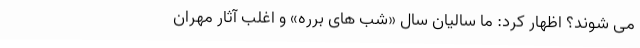
می شوند؟ اظهار کرد: ما سالیان سال «شب های برره» و اغلب آثار مهران